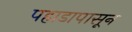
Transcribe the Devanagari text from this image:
पहाडापासून